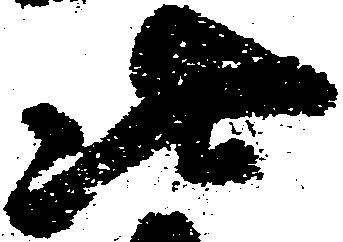
此